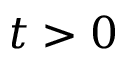
t > 0